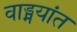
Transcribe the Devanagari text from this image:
वाड्मयांत